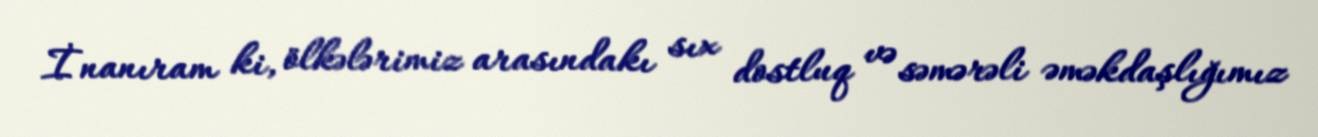
İnanıram ki, ölkələrimiz arasındakı sıx dostluq və səmərəli əməkdaşlığımız